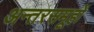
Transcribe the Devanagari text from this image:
अन्तरसमूहों